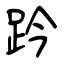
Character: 趻